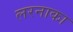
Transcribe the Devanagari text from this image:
लरनाका